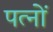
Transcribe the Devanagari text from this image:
पत्नों